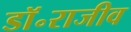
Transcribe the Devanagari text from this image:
डॉ॰राजीव